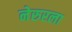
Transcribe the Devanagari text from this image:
नेरुरला